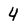
Character: 4